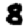
Digit: 8